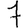
Digit: 7